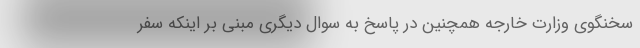
سخنگوی وزارت خارجه همچنین در پاسخ به سوال دیگری مبنی بر اینکه سفر